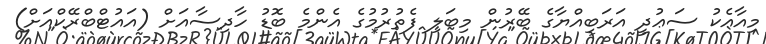
މިއާއެކު ސަޢުދީ އަރަބިއްޔާގެ ބޭރުން މިބަލި ފެތުރުމުގެ އެންމެ ބޮޑު ހާދިސާއަށް (އައުޓްބްރޭކްއަށް)